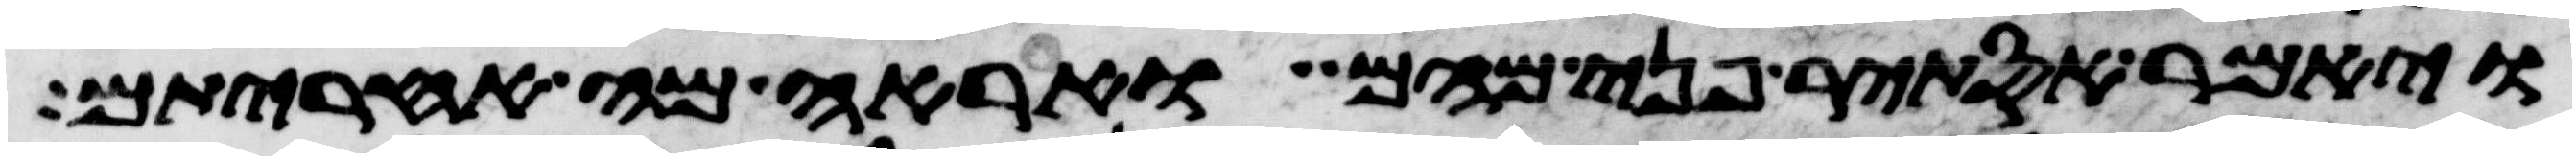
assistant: ויאמר אסתיר פני מהם ואראה מה אחריתם